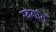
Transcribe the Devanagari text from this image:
स्वर्गांत